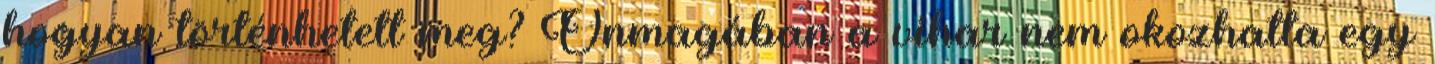
hogyan történhetett meg? Önmagában a vihar nem okozhatta egy